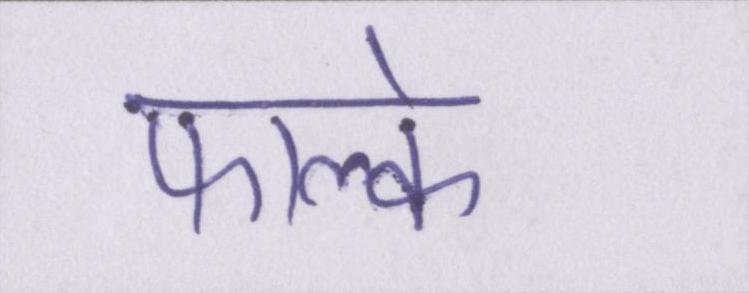
फाल्के